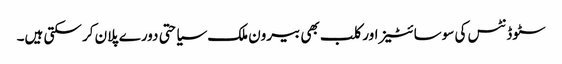
سٹوڈنٹس کی سوسائٹیز اور کلب بھی بیرون ملک سیاحتی دورے پلان کر سکتی ہیں۔